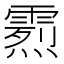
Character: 𩄰